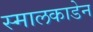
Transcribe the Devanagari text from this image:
स्मालकाडेन